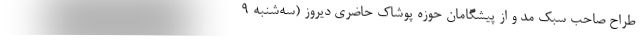
طراح صاحب سبک مُد و از پیشگامان حوزه پوشاک حاضری دیروز (سه‌شنبه ۹